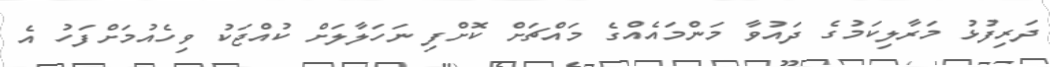
ދަރިފުޅު މަރާލިކަމުގެ ދައުވާ މަންމައެއްގެ މައްޗަށް ކޮށްފި ނަހަލާލަށް ކުއްޖަކު ވިހެއުމަށްފަހު އެ